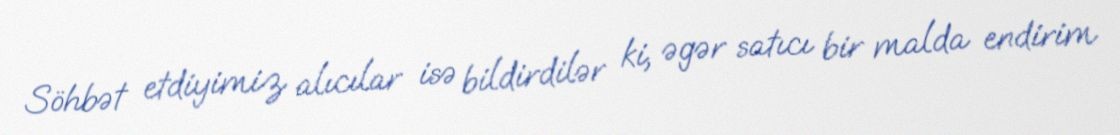
Söhbət etdiyimiz alıcılar isə bildirdilər ki, əgər satıcı bir malda endirim